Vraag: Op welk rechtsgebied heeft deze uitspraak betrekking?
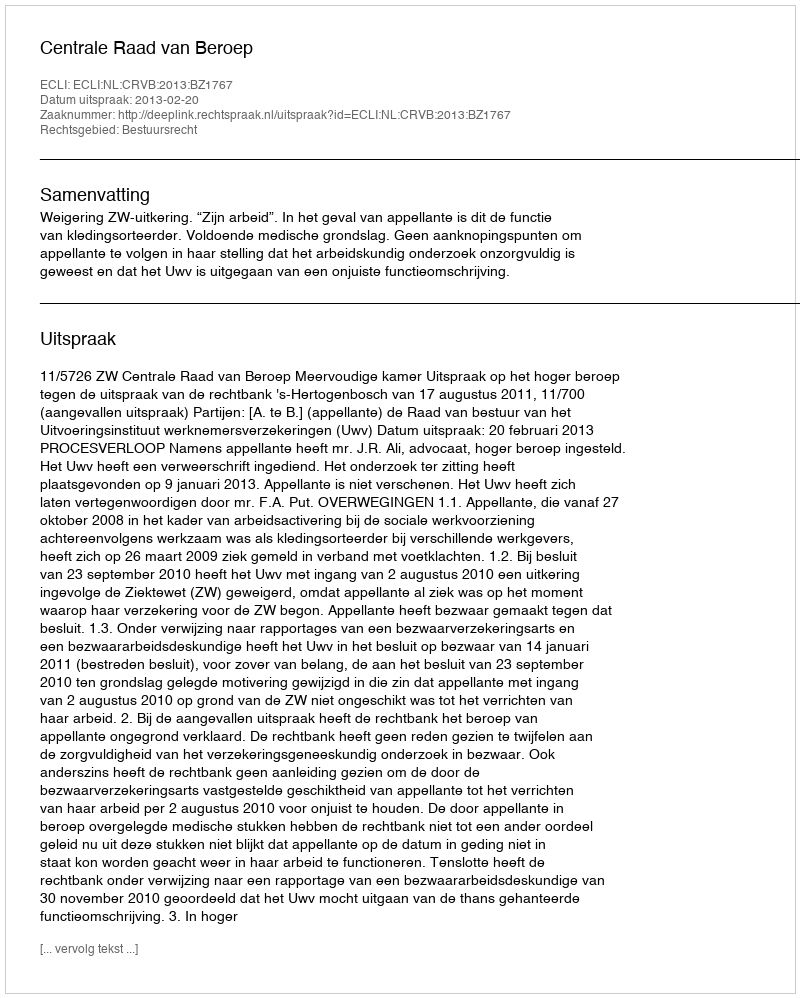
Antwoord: Bestuursrecht